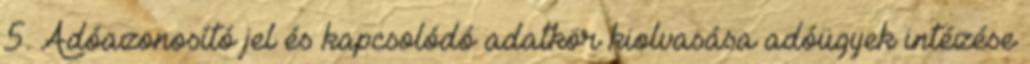
5. Adóazonosító jel és kapcsolódó adatkör kiolvasása adóügyek intézése